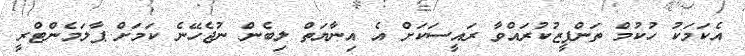
އެކަމަކު ހުކުމް ތަންފީޒުކުރައްވާ ރައީސަކަށް އެ އިނާޔަތް ލިބެން ނުޖެހޭނެ ކަމަށް ޕާލަމެންޓްރީ